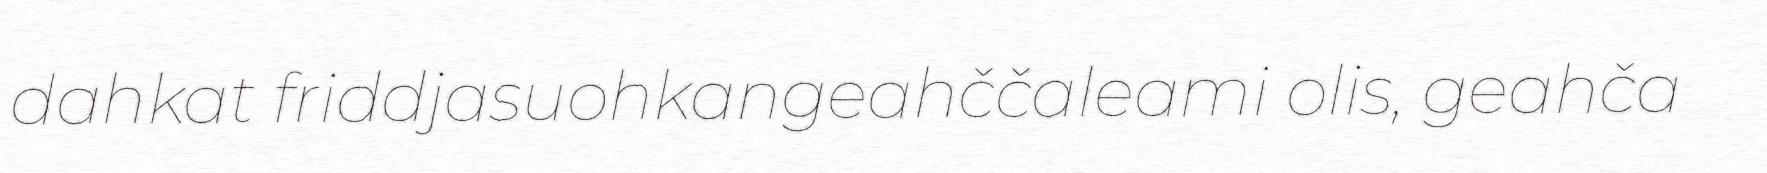
dahkat friddjasuohkangeahččaleami olis, geahča